Annual statistical returns and brief notes on vaccination in Bengal - 1887-1898
Year: 1887
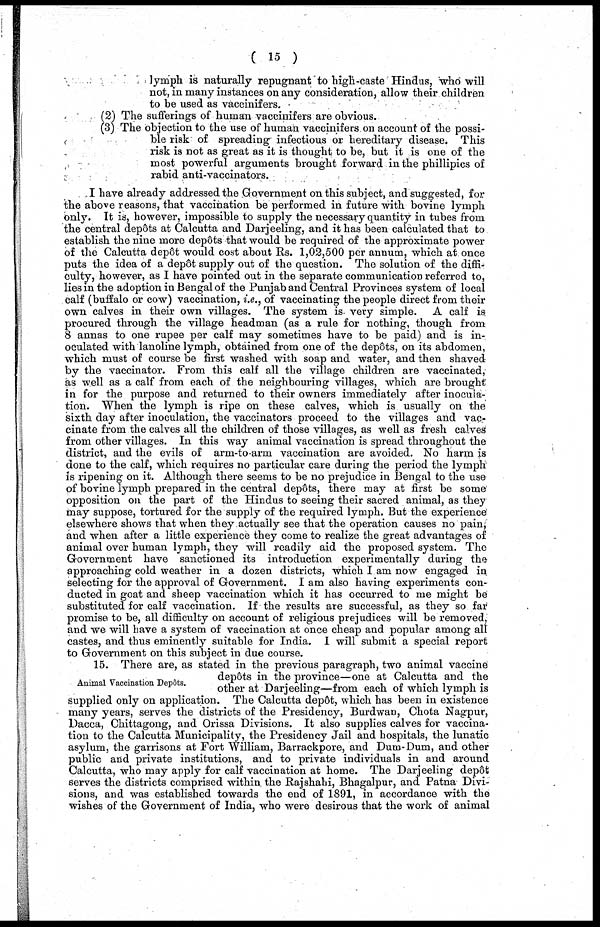
( 15 )
lymph is naturally repugnant to high-caste Hindus, who will
not, in many instances on any consideration, allow their children
to be used as vaccinifers.
(2) The sufferings of human vaccinifers are obvious.
(3) The objection to the use of human vaccinifers on account of the possi-
ble risk of spreading infectious or hereditary disease. This
risk is not as great as it is thought to be, but it is one of the
most powerful arguments brought forward in the phillipics of
rabid anti-vaccinators.
I have already addressed the Government on this subject, and suggested, for
the above reasons, that vaccination be performed in future with bovine lymph
only. It is, however, impossible to supply the necessary quantity in tubes from
the central depôts at Calcutta and Darjeeling, and it has been calculated that to
establish the nine more depôts that would be required of the approximate power
of the Calcutta depôt would cost about Rs. 1,02,500 per annum, which at once
puts the idea of a depôt supply out of the question. The solution of the diffi-
culty, however, as I have pointed out in the separate communication referred to,
lies in the adoption in Bengal of the Punjab and Central Provinces system of local
calf (buffalo or cow) vaccination, i.e., of vaccinating the people direct from their
own calves in their own villages. The system is- very simple. A calf is
procured through the village headman (as a rule for nothing, though from
8 annas to one rupee per calf may sometimes have to be paid) and is in-
oculated with lanoline lymph, obtained from one of the depôts, on its abdomen,
which must of course be first washed with soap and water, and then shaved
by the vaccinator. From this calf all the village children are vaccinated,
as well as a calf from each of the neighbouring villages, which are brought
in for the purpose and returned to their owners immediately after inocula-
tion. When the lymph is ripe on these calves, which is usually on the
sixth day after inoculation, the vaccinators proceed to the villages and vac-
cinate from the calves all the children of those villages, as well as fresh calves
from other villages. In this way animal vaccination is spread throughout the
district, and the evils of arm-to-arm vaccination are avoided. No harm is
done to the calf, which requires no particular care during the period the lymph
Is ripening on it. Although there seems to be no prejudice in Bengal to the use
of bovine lymph prepared in the central depôts, there may at first be some
opposition on the part of the Hindus to seeing their sacred animal, as they
may suppose, tortured for the supply of the required lymph. But the experience
elsewhere shows that when they actually see that the operation causes no pain,
and when after a little experience they come to realize the great advantages of
animal over human lymph, they will readily aid the proposed system. The
Government have sanctioned its introduction experimentally during the
approaching cold weather in a dozen districts, which I am now engaged in
selecting for the approval of Government. I am also having experiments con-
ducted in goat and sheep vaccination which it has occurred to me might be
substituted for calf vaccination. If the results are successful, as they so far
promise to be, all difficulty on account of religious prejudices will be removed,
and we will have a system of vaccination at once cheap and popular among all
castes, and thus eminently suitable for India. I will submit a special report
to Government on this subject in due course.
Animal Vaccination Depôts.
15. There are, as stated in the previous paragraph, two animal vaccine
depôts in the province—one at Calcutta and the
other at Darjeeling—from each of which lymph is
Supplied only on application. The Calcutta depôt, which has been in existence
many years, serves the districts of the Presidency, Burdwan, Chota Nagpur,
Dacca, Chittagong, and Orissa Divisions. It also supplies calves for vaccina-
tion to the Calcutta Municipality, the Presidency Jail and hospitals, the lunatic
asylum, the garrisons at Fort William, Barrackpore, and Dum-Dum, and other
public and private institutions, and to private individuals in and around
Calcutta, who may apply for calf vaccination at home. The Darjeeling depôt
Serves the districts comprised within the Rajshahi, Bhagalpur, and Patna Divi-
sions, and was established towards the end of 1891, in accordance with the
wishes of the Government of India, who were desirous that the work of animal